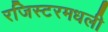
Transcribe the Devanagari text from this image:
रजिस्‍टरमधली